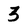
Character: 3